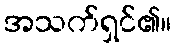
အသက်ရှင်၏။